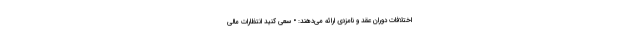
اختلافات دوران عقد و نامزدی ارائه می‌دهند: • سعی کنید انتظارات مالی